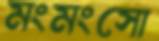
মংমংসো